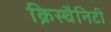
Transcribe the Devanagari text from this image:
क्रिस्चैनिटी